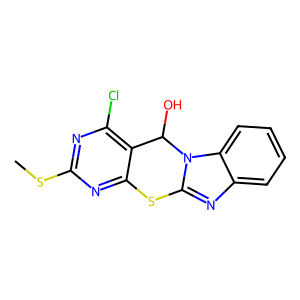
SMILES: CSc1nc(Cl)c2c(n1)Sc1nc3ccccc3n1C2O
Inhibits HIV replication: No